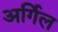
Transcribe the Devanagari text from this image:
अर्गिल